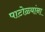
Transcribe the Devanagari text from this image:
पाटोळ्यांना